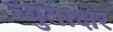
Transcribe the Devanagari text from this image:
च्युताक्षर